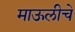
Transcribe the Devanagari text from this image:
माऊलीचे